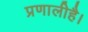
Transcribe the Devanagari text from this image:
प्रणालीहै।